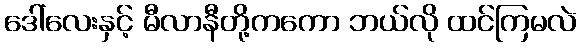
ဒေါ်လေးနှင့် မီလာနီတို့ကကော ဘယ်လို ထင်ကြမလဲ